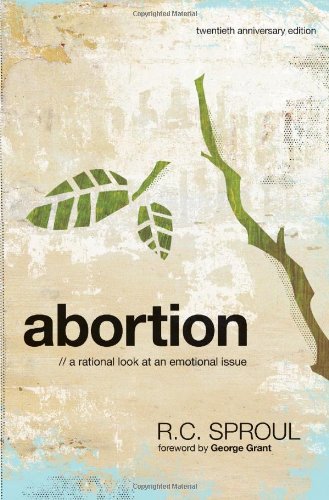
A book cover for Abortion: A Rational Look at An Emotional Issue; R.C. Sproul; Politics & Social Sciences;